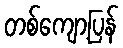
တစ်ကျော့ပြန်